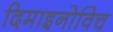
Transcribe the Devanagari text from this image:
दिमाइनोविच